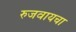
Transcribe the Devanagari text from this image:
रुजवायचा